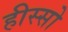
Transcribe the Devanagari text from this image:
हीस्सो